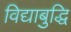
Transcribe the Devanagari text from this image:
विद्याबुद्धि